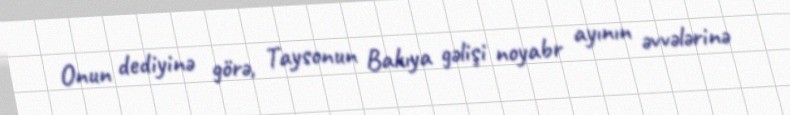
Onun dediyinə görə, Taysonun Bakıya gəlişi noyabr ayının əvvələrinə